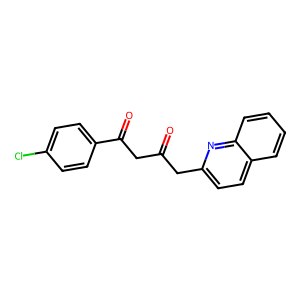
SMILES: O=C(CC(=O)c1ccc(Cl)cc1)Cc1ccc2ccccc2n1
Inhibits HIV replication: No